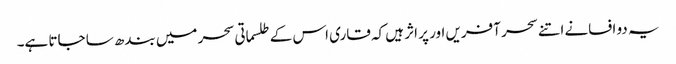
یہ دو افسانے اتنے سحر آفریں اور پر اثر ہیں کہ قاری اس کے طلسماتی سحر میں بندھ سا جاتا ہے۔